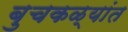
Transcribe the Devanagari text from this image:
बुचकळ्यांत